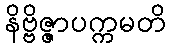
နိဗ္ဗိဇ္ဇာပက္ကမတိ